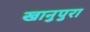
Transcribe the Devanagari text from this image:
खानुपुरा